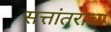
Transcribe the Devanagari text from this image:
सत्तांतराचा